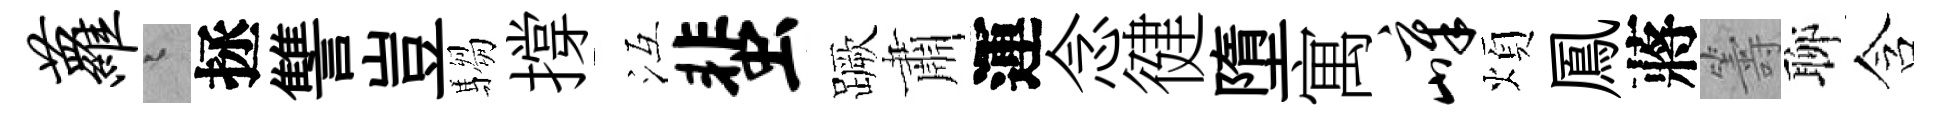
萝迢拯讐豈騶撐冱蜚蹶肅運念徤墮寓嶂煩鳳蔣籌聊含